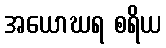
အယောဃရ စရိယ